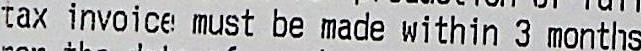
TAX INVOICE MUST BE MADE WITHIN 3 MONTHS